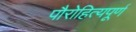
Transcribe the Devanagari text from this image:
पौरोहित्यपूर्ण